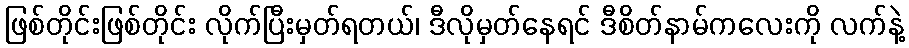
ဖြစ်တိုင်းဖြစ်တိုင်း လိုက်ပြီးမှတ်ရတယ်၊ ဒီလိုမှတ်နေရင် ဒီစိတ်နာမ်ကလေးကို လက်နဲ့